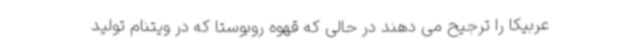
عربیکا را ترجیح می دهند در حالی که قهوه روبوستا که در ویتنام تولید